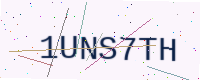
Text: 1UNS7TH